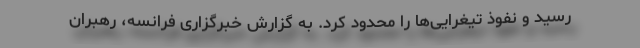
رسید و نفوذ تیغرایی‌ها را محدود کرد. به گزارش خبرگزاری فرانسه، رهبران